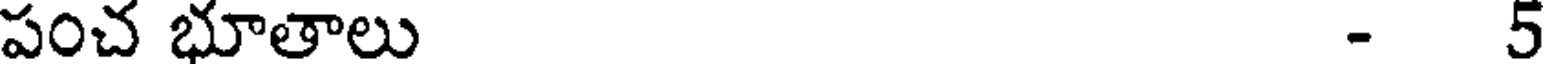
పంచ భూతాలు - 5